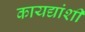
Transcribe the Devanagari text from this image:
कायद्यांशी